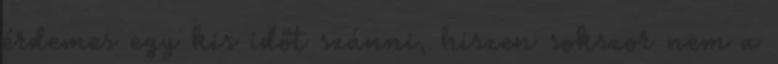
érdemes egy kis időt szánni, hiszen sokszor nem a